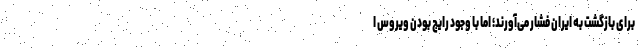
برای بازگشت به ایران فشار می‌آورند؛ اما با وجود رایج بودن ویروس ا